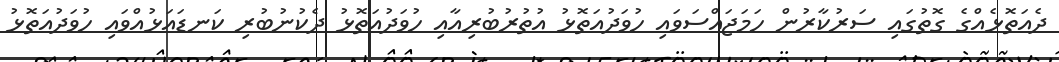
ދެއަތޮޅެއްގެ ގޮތުގައި ސަރުކާރުން ހަމަޖައްސަވައި ހުވަދުއަތޮޅު އުތުރުބުރިއާއި ހުވަދުއަތޮޅު ދެކުނުބުރި ކަނޑައަޅުއްވައި ހުވަދުއަތޮޅު